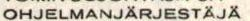
OHJELMANJÄRJESTÄJÄ